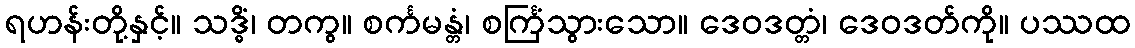
ရဟန်းတို့နှင့်။ သဒ္ဓိံ၊ တကွ။ စင်္ကမန္တံ၊ စင်္ကြံသွားသော။ ဒေဝဒတ္တံ၊ ဒေဝဒတ်ကို။ ပဿထ